Lunatic asylums Central Provinces reports 1886-1894 - 1886-1894
Year: 1886
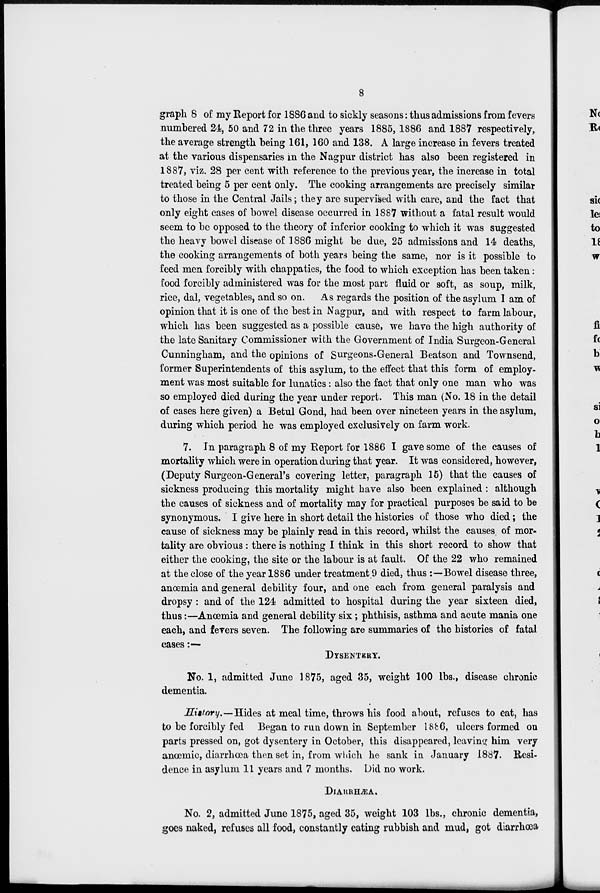
8
graph 8 of my Report for 1886 and to sickly seasons: thus admissions from fevers
numbered 24, 50 and 72 in the three years 1885, 1886 and 1887 respectively,
the average strength being 161, 160 and 138. A large increase in fevers treated
at the various dispensaries in the Nagpur district has also been registered in
1887, viz. 28 per cent with reference to the previous year, the increase in total
treated being 5 per cent only. The cooking arrangements are precisely similar
to those in the Central Jails; they are supervised with care, and the fact that
only eight cases of bowel disease occurred in 1887 without a fatal result would
seem to be opposed to the theory of inferior cooking to which it was suggested
the heavy bowel disease of 1886 might be due, 25 admissions and 14 deaths,
the cooking arrangements of both years being the same, nor is it possible to
feed men forcibly with chappaties, the food to which exception has been taken:
food forcibly administered was for the most part fluid or soft, as soup, milk,
rice, dal, vegetables, and so on. As regards the position of the asylum I am of
opinion that it is one of the best in Nagpur, and with respect to farm labour,
which has been suggested as a possible cause, we have the high authority of
the late Sanitary Commissioner with the Government of India Surgeon-General
Cunningham, and the opinions of Surgeons-General Beatson and Townsend,
former Superintendents of this asylum, to the effect that this form of employ-
ment was most suitable for lunatics: also the fact that only one man who was
so employed died during the year under report. This man (No. 18 in the detail
of cases here given) a Betul Gond, had been over nineteen years in the asylum,
during which period he was employed exclusively on farm work.
7. In paragraph 8 of my Report for 1886 I gave some of the causes of
mortality which were in operation during that year. It was considered, however,
(Deputy Surgeon-General's covering letter, paragraph 15) that the causes of
sickness producing this mortality might have also been explained : although
the causes of sickness and of mortality may for practical purposes be said to be
synonymous. I give here in short detail the histories of those who died; the
cause of sickness may be plainly read in this record, whilst the causes of mor-
tality are obvious : there is nothing I think in this short record to show that
either the cooking, the site or the labour is at fault. Of the 22 who remained
at the close of the year 1886 under treatment 9 died, thus :—Bowel disease three,
anœmia and general debility four, and one each from general paralysis and
dropsy : and of the 124 admitted to hospital during the year sixteen died,
thus:—Anœmia and general debility six ; phthisis, asthma and acute mania one
each, and fevers seven. The following are summaries of the histories of fatal
cases:—
DYSENTERY.
No. 1, admitted June 1875, aged 35, weight 100 lbs., disease chronic
dementia.
History.—Hides at meal time, throws his food about, refuses to eat, has
to be forcibly fed Began to run down in September 1886, ulcers formed on
parts pressed on, got dysentery in October, this disappeared, leaving him very
anœmic, diarrhœa then set in, from which he sank in January 1887. Resi-
dence in asylum 11 years and 7 months. Did no work.
DIARRHÆA.
No. 2, admitted June 1875, aged 35, weight 103 lbs., chronic dementia,
goes naked, refuses all food, constantly eating rubbish and mud, got diarrhœa